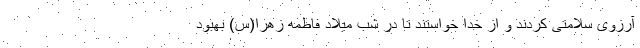
آرزوی سلامتی کردند و از خدا خواستند تا در شب میلاد فاطمه زهرا(س) بهبود